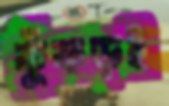
কুঁকড়ই